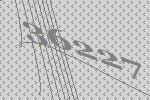
36227